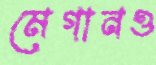
মেগানও